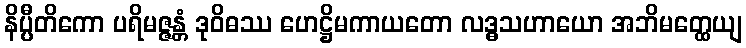
နိပ္ပီတိကော ပရိမဇ္ဇန္တံ ဒုဝိဓဿ ဟေဋ္ဌိမကာယတော လဒ္ဓသဟာယော အဘိမတ္ထေယျ